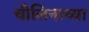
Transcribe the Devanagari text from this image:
चीलिनाच्या